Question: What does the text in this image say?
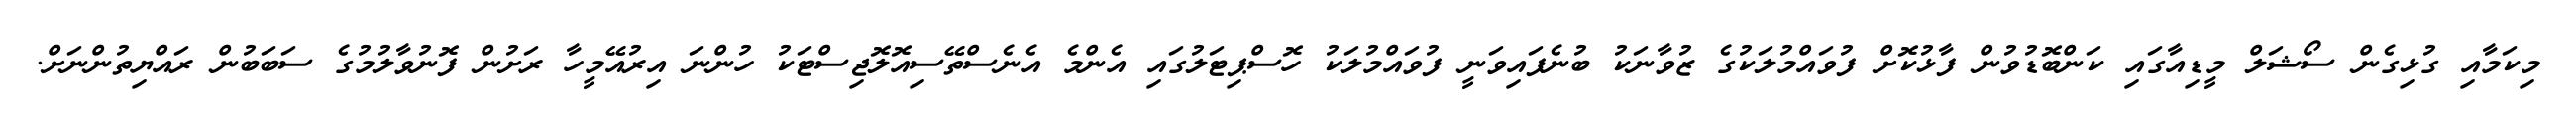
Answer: މިކަމާއި ގުޅިގެން ސޯޝަލް މީޑިއާގައި ކަންބޮޑުވުން ފާޅުކޮށް ފުވައްމުލަކުގެ ޒުވާނަކު ބުނެފައިވަނީ ފުވައްމުލަކު ހޮސްޕިޓަލުގައި އެންމެ އެނެސްތޭސިއޮލޮޖިސްޓަކު ހުންނަ އިރުއޭމީހާ ރަށުން ފޮނުވާލުމުގެ ސަބަބުން ރައްޔިތުންނަށް.